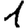
Digit: 1